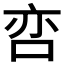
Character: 𱒢